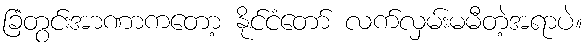
ခြံတွင်းအာဏာကတော့ နိုင်ငံတော် လက်လှမ်းမမီတဲ့အရာပဲ။